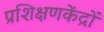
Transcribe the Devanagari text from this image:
प्रशिक्षणकेंद्रों